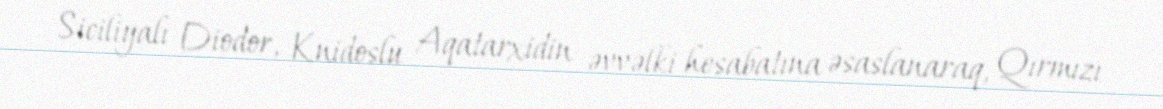
Siciliyalı Diodor, Knidoslu Aqatarxidin əvvəlki hesabatına əsaslanaraq, Qırmızı